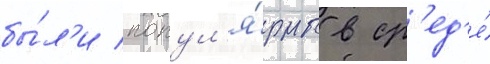
бы́л'и попул'я́рны в ср'ед'е́